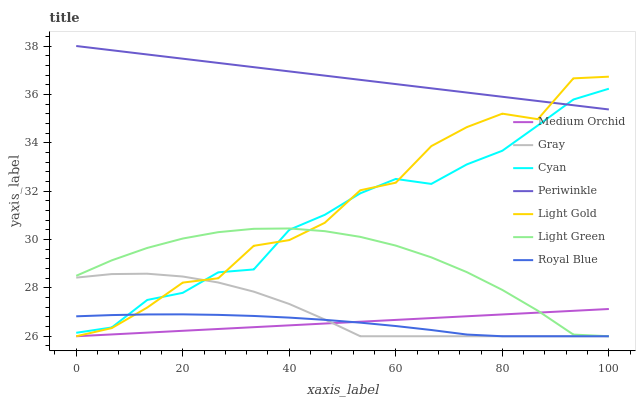
| xaxis_label | Medium Orchid | Gray | Cyan | Periwinkle | Light Gold | Light Green | Royal Blue |
 | --- | --- | --- | --- | --- | --- | --- | --- |
 | 0 | 26 | 28.4 | 26.1 | 38 | 26 | 28.5 | 26.8 |
 | 6.67 | 26.1 | 28.6 | 26.4 | 37.8 | 26.3 | 29.1 | 26.9 |
 | 13.3 | 26.2 | 28.6 | 27.5 | 37.7 | 27.2 | 29.7 | 26.9 |
 | 20 | 26.2 | 28.5 | 27.8 | 37.5 | 28.2 | 30 | 26.9 |
 | 26.7 | 26.3 | 28.2 | 28.6 | 37.3 | 28.4 | 30.3 | 26.9 |
 | 33.3 | 26.4 | 27.8 | 28.8 | 37.1 | 29.7 | 30.4 | 26.8 |
 | 40 | 26.5 | 27.3 | 30.4 | 37 | 30 | 30.5 | 26.8 |
 | 46.7 | 26.5 | 26.7 | 31 | 36.8 | 30.7 | 30.3 | 26.7 |
 | 53.3 | 26.6 | 26 | 31.9 | 36.6 | 32 | 30.1 | 26.6 |
 | 60 | 26.7 | 26 | 32.5 | 36.4 | 32.3 | 29.7 | 26.4 |
 | 66.7 | 26.8 | 26 | 32.3 | 36.3 | 33.9 | 29.3 | 26.3 |
 | 73.3 | 26.8 | 26 | 33.1 | 36.1 | 34.6 | 28.7 | 26.1 |
 | 80 | 26.9 | 26 | 33.7 | 35.9 | 35.2 | 27.9 | 26 |
 | 86.7 | 27 | 26 | 34.7 | 35.7 | 35 | 27.1 | 26 |
 | 93.3 | 27.1 | 26 | 35.8 | 35.6 | 36.7 | 26.1 | 26 |
 | 100 | 27.1 | 26 | 36.2 | 35.4 | 36.7 | 26 | 26 |